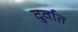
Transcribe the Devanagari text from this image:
दुर्वात